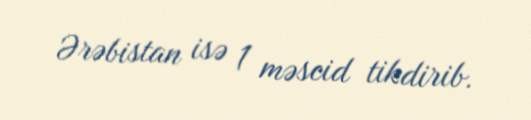
Ərəbistan isə 1 məscid tikdirib.